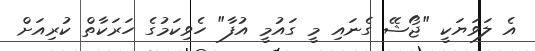
އެ ލަވަޔަކީ "ޖޯޝޭ ގެނައި މީ ގައުމީ އުފާ" ހެވިކަމުގެ ހަރަކާތް ކުރިއަށް